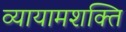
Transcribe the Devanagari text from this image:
व्यायामशक्ति